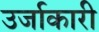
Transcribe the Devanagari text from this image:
उर्जाकारी